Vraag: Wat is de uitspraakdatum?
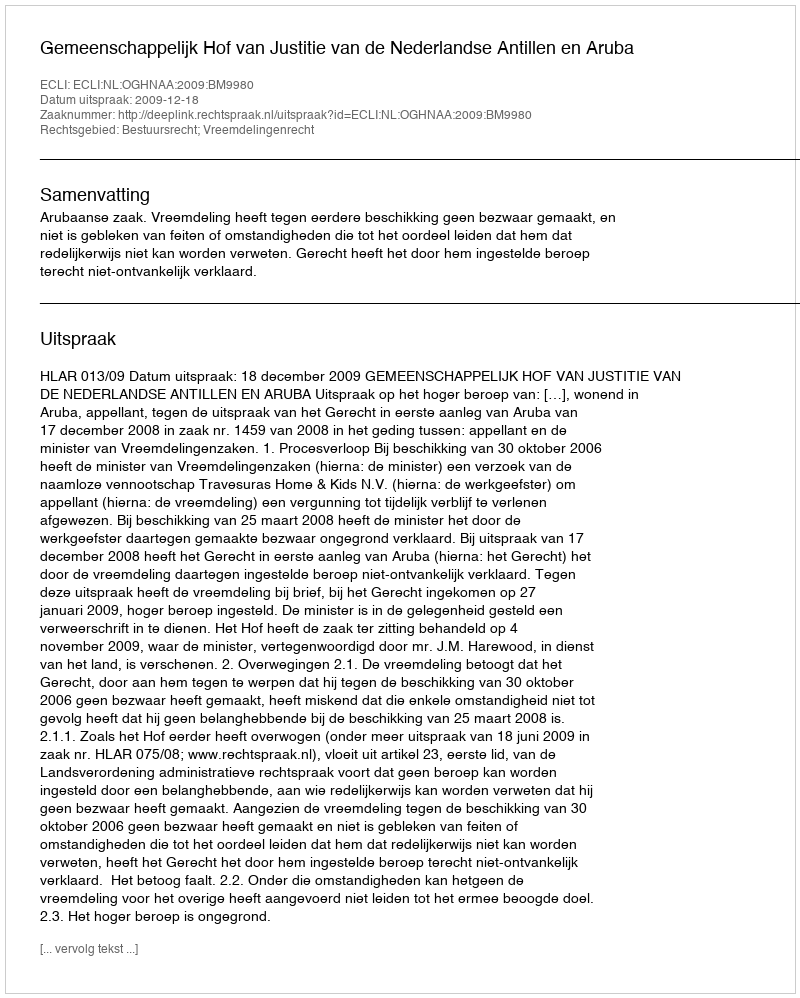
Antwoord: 2009-12-18